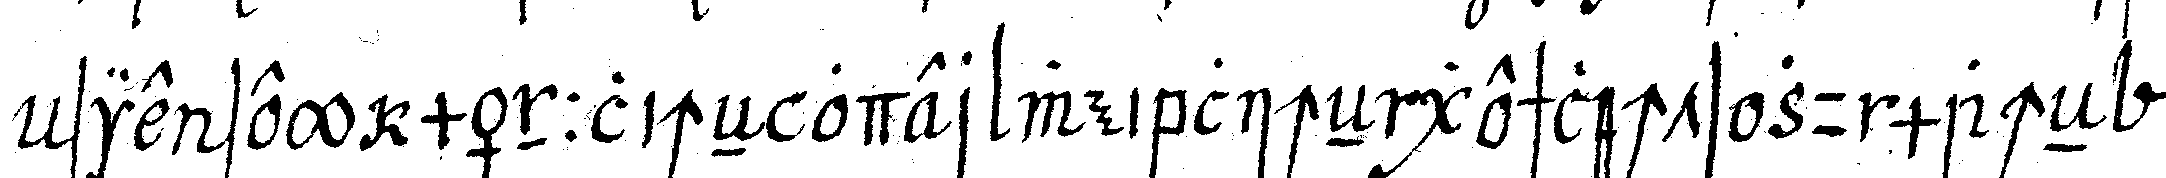
sie sey männlicheN oder weiblicheN geschlechts zu macheN .